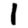
Digit: 1